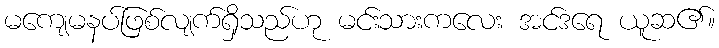
မကျေမနပ်ဖြစ်လျက်ရှိသည်ဟု မင်းသားကလေး အင်ဒရေ ယူဆ၏။